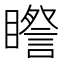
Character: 𥋯